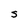
Character: S